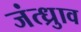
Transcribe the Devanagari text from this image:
जंत्ध्रुाव